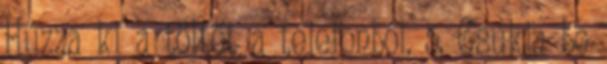
Húzza ki a töltőt a telefonból. 5. Csukja be